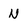
Character: N